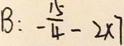
B : - \frac { 1 5 } { 4 } - 2 \times 7